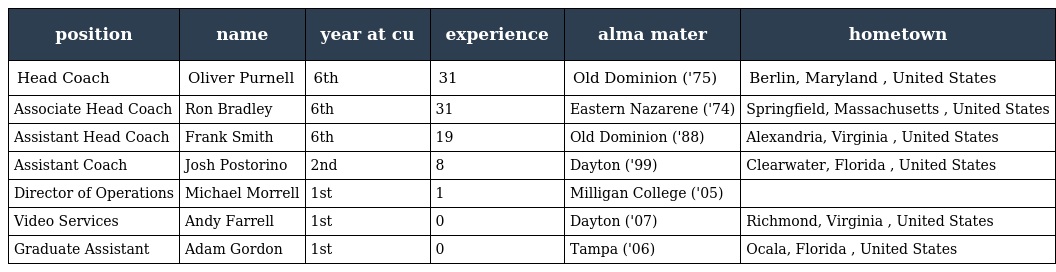
| position | name | year at cu | experience | alma mater | hometown |
 | --- | --- | --- | --- | --- | --- |
 | Head Coach | Oliver Purnell | 6th | 31 | Old Dominion ('75) | Berlin, Maryland , United States |
 | Associate Head Coach | Ron Bradley | 6th | 31 | Eastern Nazarene ('74) | Springfield, Massachusetts , United States |
 | Assistant Head Coach | Frank Smith | 6th | 19 | Old Dominion ('88) | Alexandria, Virginia , United States |
 | Assistant Coach | Josh Postorino | 2nd | 8 | Dayton ('99) | Clearwater, Florida , United States |
 | Director of Operations | Michael Morrell | 1st | 1 | Milligan College ('05) |  |
 | Video Services | Andy Farrell | 1st | 0 | Dayton ('07) | Richmond, Virginia , United States |
 | Graduate Assistant | Adam Gordon | 1st | 0 | Tampa ('06) | Ocala, Florida , United States |